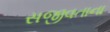
સજીવતાના